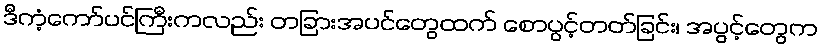
ဒီကံ့ကော်ပင်ကြီးကလည်း တခြားအပင်တွေထက် စောပွင့်တတ်ခြင်း၊ အပွင့်တွေက